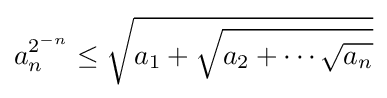
a_{n}^{2^{-n}}\leq {\sqrt {a_{1}+{\sqrt {a_{2}+\cdots {\sqrt {a_{n}}}}}}}